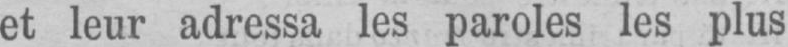
et leur adressa les paroles les plus